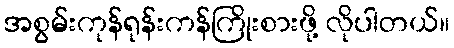
အစွမ်းကုန်ရုန်းကန်ကြိုးစားဖို့ လိုပါတယ်။